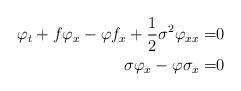
LaTeX: \begin{align*}\varphi_t+f\varphi_x-\varphi f_x+\frac{1}{2}\sigma^2\varphi_{xx}=&0\\\sigma \varphi_x-\varphi\sigma_x=&0\end{align*}